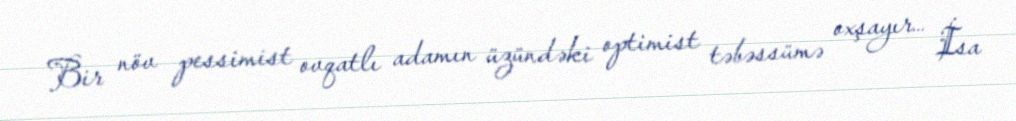
Bir növ pessimist ovqatlı adamın üzündəki optimist təbəssümə oxşayır… İsa